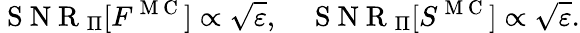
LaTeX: \mathrm{~S~N~R~}_{\Pi}[F^{\mathrm{~M~C~}}]\propto\sqrt{\varepsilon},\quad\mathrm{~S~N~R~}_{\Pi}[S^{\mathrm{~M~C~}}]\propto\sqrt{\varepsilon}.